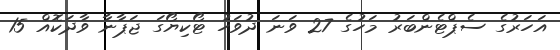
އަހަރުގެ ސެޕްޓެންބަރު މަހުގެ 27 ވަނަ ދުވަހު ޓޯކިޔޯގަ ޖަޕާނާ ވާދަކޮއް 15